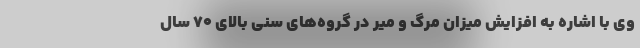
وی با اشاره به افزایش میزان مرگ و میر در گروه‌های سنی بالای ۷۰ سال